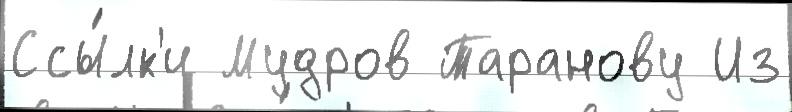
Ссы́лк'и Мудров Таранову Из